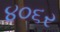
૪૦૬ર